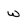
Character: w